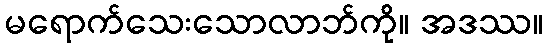
မရောက်သေးသောလာဘ်ကို။ အဒဿ။